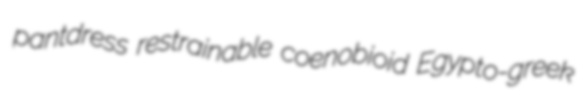
pantdress restrainable coenobioid Egypto-greek